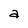
Character: a